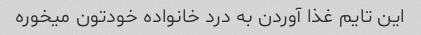
این تایم غذا آوردن به درد خانواده خودتون میخوره